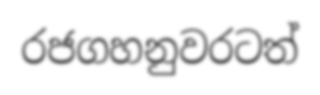
රජගහනුවරටත්